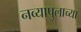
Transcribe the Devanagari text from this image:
नव्यापुलाच्या